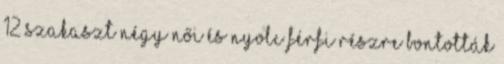
12 szakaszt négy női és nyolc férfi részre bontották